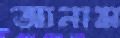
আনাম